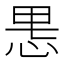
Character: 𫺄